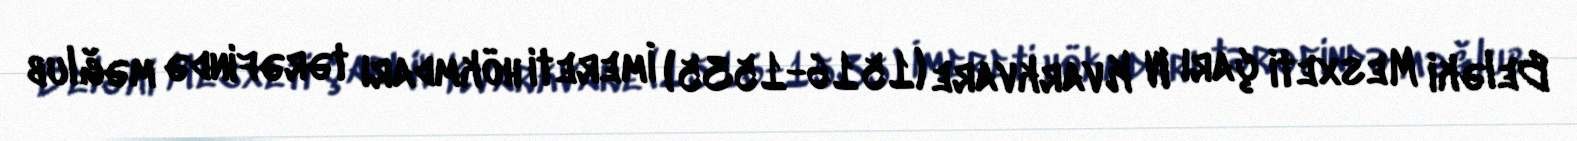
Beləki Mesxeti çarı IV Kvarkvare (1516-1535) İmereti hökmdarı tərəfində məğlub